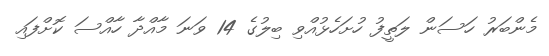
މެންބަރު ހަސަން ލަތީފު ހުށަހެޅުއްވި ބިލުގެ 14 ވަނަ މާއްދާ ހާއްސަ ކޮށްފައި